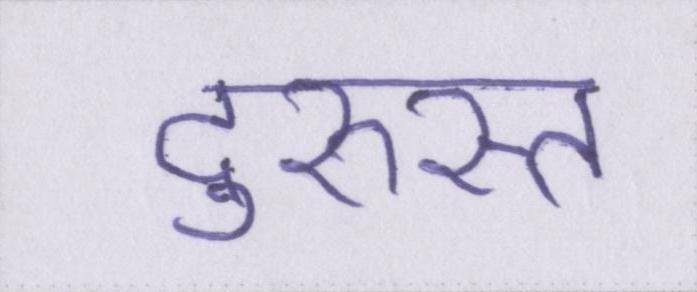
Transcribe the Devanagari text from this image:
दुरुस्त